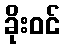
ခိုးဝင်